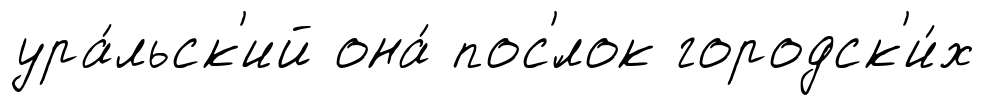
ура́льск'ий она́ пос'́лок городск'и́х